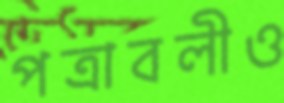
পত্রাবলীও